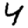
Digit: 4